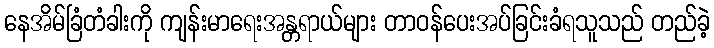
နေအိမ်ခြံတံခါးကို ကျန်းမာရေးအန္တရာယ်များ တာဝန်ပေးအပ်ခြင်းခံရသူသည် တည်ခဲ့